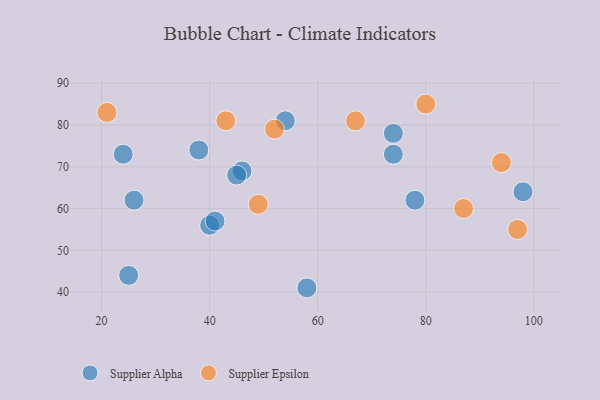
{"axis": {"x": "GDP", "y": "Life Expectancy"}, "legend": ["Supplier Alpha", "Supplier Epsilon"], "data": [{"x": "98", "y": 64, "type": "Supplier Alpha"}, {"x": "26", "y": 62, "type": "Supplier Alpha"}, {"x": "58", "y": 41, "type": "Supplier Alpha"}, {"x": "54", "y": 81, "type": "Supplier Alpha"}, {"x": "25", "y": 44, "type": "Supplier Alpha"}, {"x": "46", "y": 69, "type": "Supplier Alpha"}, {"x": "24", "y": 73, "type": "Supplier Alpha"}, {"x": "74", "y": 73, "type": "Supplier Alpha"}, {"x": "40", "y": 56, "type": "Supplier Alpha"}, {"x": "74", "y": 78, "type": "Supplier Alpha"}, {"x": "38", "y": 74, "type": "Supplier Alpha"}, {"x": "41", "y": 57, "type": "Supplier Alpha"}, {"x": "78", "y": 62, "type": "Supplier Alpha"}, {"x": "45", "y": 68, "type": "Supplier Alpha"}, {"x": "87", "y": 60, "type": "Supplier Epsilon"}, {"x": "94", "y": 71, "type": "Supplier Epsilon"}, {"x": "49", "y": 61, "type": "Supplier Epsilon"}, {"x": "43", "y": 81, "type": "Supplier Epsilon"}, {"x": "97", "y": 55, "type": "Supplier Epsilon"}, {"x": "67", "y": 81, "type": "Supplier Epsilon"}, {"x": "21", "y": 83, "type": "Supplier Epsilon"}, {"x": "80", "y": 85, "type": "Supplier Epsilon"}, {"x": "52", "y": 79, "type": "Supplier Epsilon"}]}